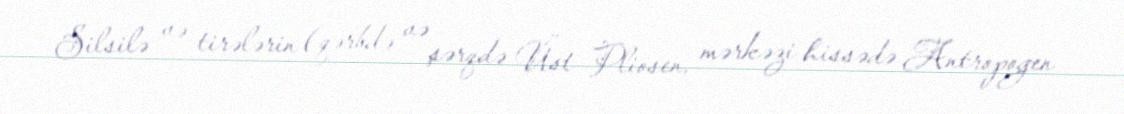
Silsilə və tirələrin (qərbdə və şərqdə Üst Pliosen, mərkəzi hissədə Antropogen